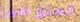
المتورطين